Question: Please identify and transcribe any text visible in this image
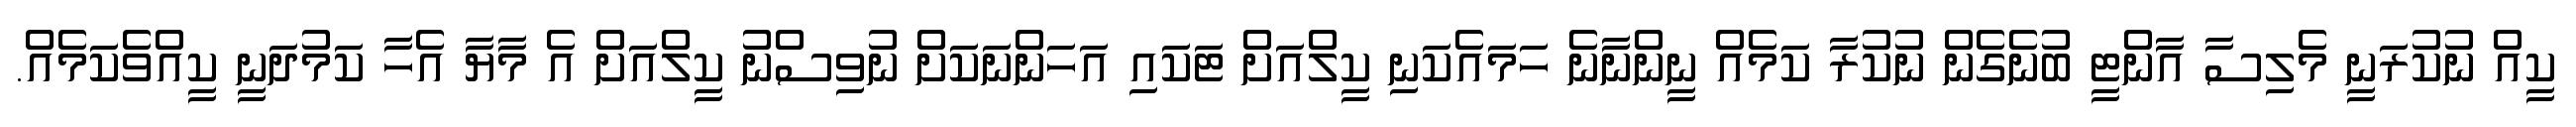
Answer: ކީއް ނުކުރަނީ މެލިސާ އާންޓީ ބުނެގެން ނުކުރާ ކަމެއް ނީންނާނެ ހަމައެކަނި ކީލްއަށް ޓަކައި އަހަންނަކަށް ނުވިސްނު ކީލްއަށް އެ މާޔާ އެހާ ކަމުދަނީ ކީއްވެކަމެއް.